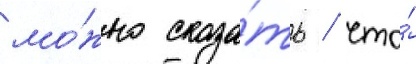
мо́жно сказа́ть / что́